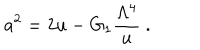
LaTeX: a ^ { 2 } = 2 u - G _ { 1 } { \frac { \Lambda ^ { 4 } } { u } } \ .